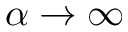
\alpha \to \infty